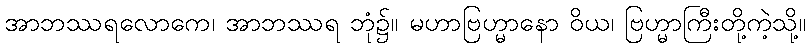
အာဘဿရလောကေ၊ အာဘဿရ ဘုံ၌။ မဟာဗြဟ္မာနော ဝိယ၊ ဗြဟ္မာကြီးတို့ကဲ့သို့။